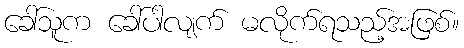
ခေါ်သူက ခေါ်ပါလျက် မလိုက်ရသည့်အဖြစ်။